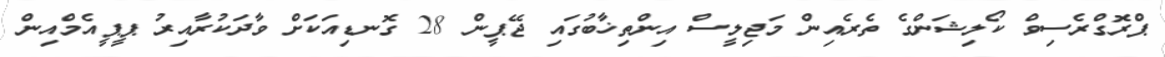
ޕްރޮގްރެސިވް ކޯލިޝަންގެ ތެރެއިން މަޖިލީސް އިންތިޚާބުގައި ޖޭޕީން 28 ގޮނޑިއަކަށް ވާދަކުރާއިރު ޕީޕީއެމްއިން